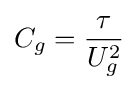
C_{g}={\frac {\tau }{U_{g}^{2}}}